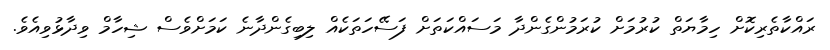
ރައްކާތެރިކޮށް ހިމާޔަތް ކުރުމަށް ކުރަމުންގެންދާ މަސައްކަތަށް ފަސޭހަތަކެއް ލިބިގެންދާނެ ކަމަށްވެސް ޝިހާމް ވިދާޅުވިއެވެ.